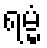
ရမ္မံ